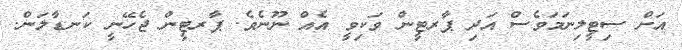
އަށް ސިޓީލިނަމަވެސް އަދި ޕާރޓީން ވަކިވީ އެއް ނޫނެވެ. ޕާރޓީން ޖެހޭނީ ކަނޑާލަން.